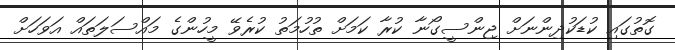
ގޮތުގައި ކުޑަކުދިންނަށް ޖިންސީގޯނާ ކުރާ ކަމަށް ތުހުމަތު ކުރެވޭ މީހުންގެ މައްސަލަތައް އަވަހަށް